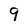
Character: 9